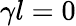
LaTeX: \gamma l=0